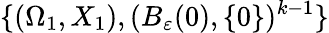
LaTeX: \{ (\Omega_{1},X_{1}),(B_{\varepsilon}(0),\{ 0\} )^{k-1}\}